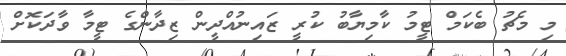
މި މެޗު ބެކަމް ޓީމު ކާމިޔާބު ކުރީ ޒައިނުއްދީން ޒިދާންގެ ޓީމާ ވާދަކޮށް